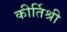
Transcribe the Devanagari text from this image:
कीर्तिश्री